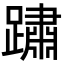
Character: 𨅋